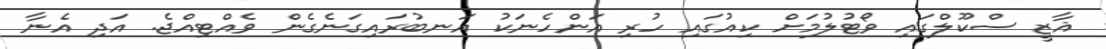
ޣާޒީ ސްކޫލްގައި ވޯޓުލުމަށް ކިއުގައި ހުރި އަންހެނަކު އަނބުރައިގަނެގެން ވެއްޓިއްޖެ. އަދި އެނާ